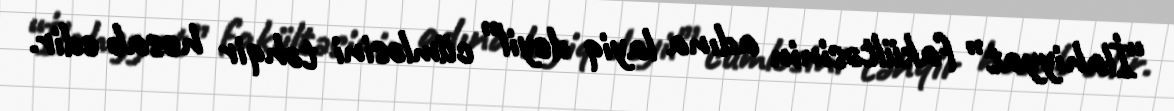
“İlahiyyat” fakültəsinin adına layiq deyil” cümləsini təhqir hesab edir.